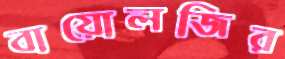
বায়োলজির